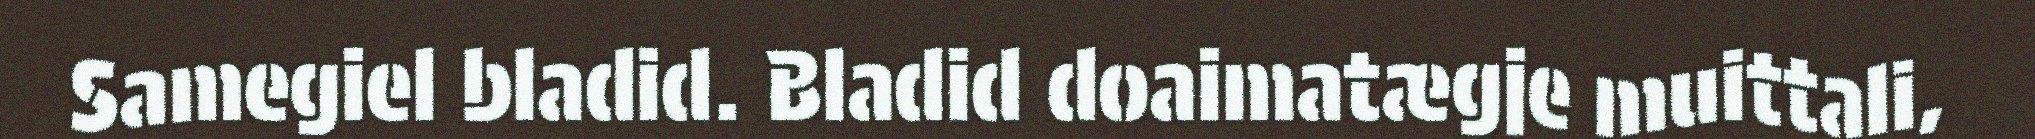
Samegiel bladid. Bladid doaimatægje muittali,